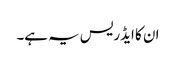
ان کا ایڈریس یہ ہے۔